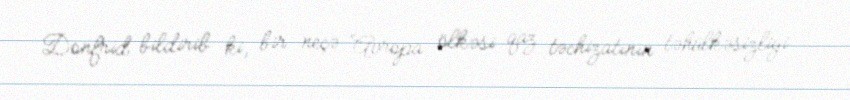
Donfrid bildirib ki, bir neçə Avropa ölkəsi qaz təchizatının təhülkəsizliyi